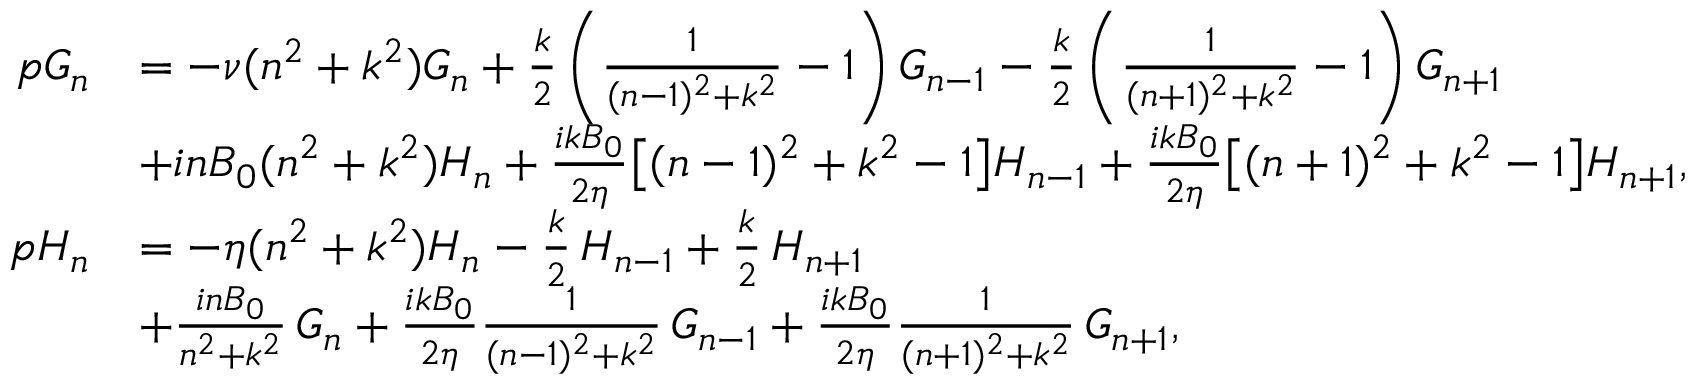
\begin{array} { r l } { p G _ { n } } & { = - \nu ( n ^ { 2 } + k ^ { 2 } ) G _ { n } + \frac { k } { 2 } \left( \frac { 1 } { ( n - 1 ) ^ { 2 } + k ^ { 2 } } - 1 \right) G _ { n - 1 } - \frac { k } { 2 } \left( \frac { 1 } { ( n + 1 ) ^ { 2 } + k ^ { 2 } } - 1 \right) G _ { n + 1 } } \\ & { + i n B _ { 0 } ( n ^ { 2 } + k ^ { 2 } ) H _ { n } + \frac { i k B _ { 0 } } { 2 \eta } \bigl [ ( n - 1 ) ^ { 2 } + k ^ { 2 } - 1 \bigr ] H _ { n - 1 } + \frac { i k B _ { 0 } } { 2 \eta } \bigl [ ( n + 1 ) ^ { 2 } + k ^ { 2 } - 1 \bigr ] H _ { n + 1 } , } \\ { p H _ { n } } & { = - \eta ( n ^ { 2 } + k ^ { 2 } ) H _ { n } - \frac { k } { 2 } \, H _ { n - 1 } + \frac { k } { 2 } \, H _ { n + 1 } } \\ & { + \frac { i n B _ { 0 } } { n ^ { 2 } + k ^ { 2 } } \, G _ { n } + \frac { i k B _ { 0 } } { 2 \eta } \frac { 1 } { ( n - 1 ) ^ { 2 } + k ^ { 2 } } \, G _ { n - 1 } + \frac { i k B _ { 0 } } { 2 \eta } \frac { 1 } { ( n + 1 ) ^ { 2 } + k ^ { 2 } } \, G _ { n + 1 } , } \end{array}